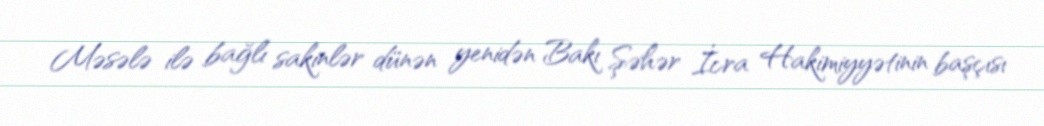
Məsələ ilə bağlı sakinlər dünən yenidən Bakı Şəhər İcra Hakimiyyətinin başçısı